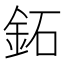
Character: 鉐